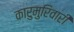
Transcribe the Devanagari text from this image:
कारुमुरिवारी